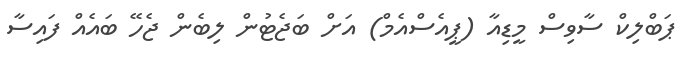
ޕަބްލިކް ސާވިސް މީޑިއާ (ޕީއެސްްއެމް) އަށް ބަޖެޓުން ލިބެން ޖެހޭ ބައެއް ފައިސާ